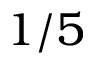
1 / 5